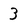
Character: 3